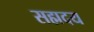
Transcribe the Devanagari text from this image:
सह्मदय